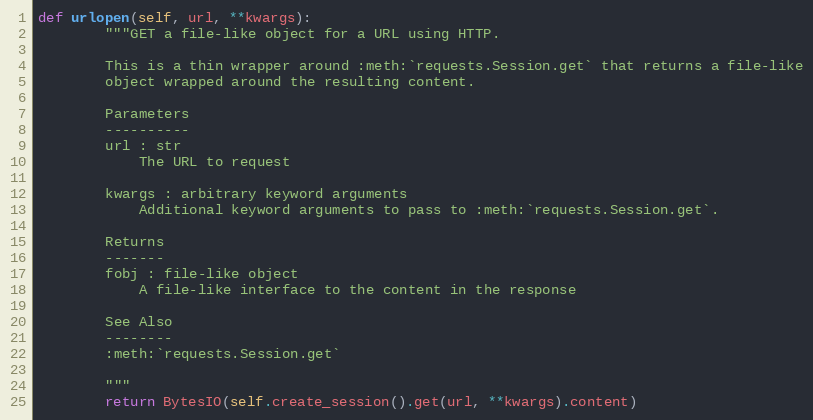
Language: Python
def urlopen(self, url, **kwargs):
        """GET a file-like object for a URL using HTTP.

        This is a thin wrapper around :meth:`requests.Session.get` that returns a file-like
        object wrapped around the resulting content.

        Parameters
        ----------
        url : str
            The URL to request

        kwargs : arbitrary keyword arguments
            Additional keyword arguments to pass to :meth:`requests.Session.get`.

        Returns
        -------
        fobj : file-like object
            A file-like interface to the content in the response

        See Also
        --------
        :meth:`requests.Session.get`

        """
        return BytesIO(self.create_session().get(url, **kwargs).content)